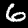
Digit: 6